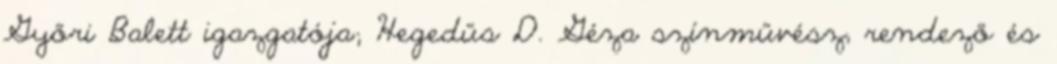
Győri Balett igazgatója; Hegedűs D. Géza színművész, rendező és